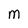
Character: m